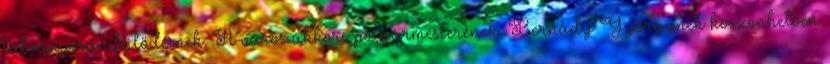
látványosan fejlődésnek. A város akkori polgármesterének, Bernády Györgynek köszönhetően